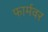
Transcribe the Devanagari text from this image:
फार्मवर